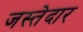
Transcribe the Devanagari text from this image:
जस्तेदार